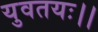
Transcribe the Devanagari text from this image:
युवतयः।।